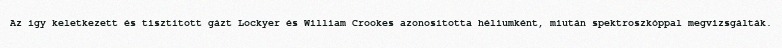
Az így keletkezett és tisztított gázt Lockyer és William Crookes azonosította héliumként, miután spektroszkóppal megvizsgálták.